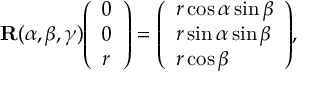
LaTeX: \mathbf { R } ( \alpha , \beta , \gamma ) { \left( \begin{array} { l } { 0 } \\ { 0 } \\ { r } \end{array} \right) } = { \left( \begin{array} { l } { r \cos \alpha \sin \beta } \\ { r \sin \alpha \sin \beta } \\ { r \cos \beta } \end{array} \right) } ,